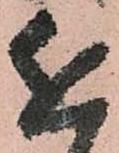
近